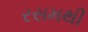
રસમથી